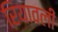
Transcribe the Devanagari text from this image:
रियावली